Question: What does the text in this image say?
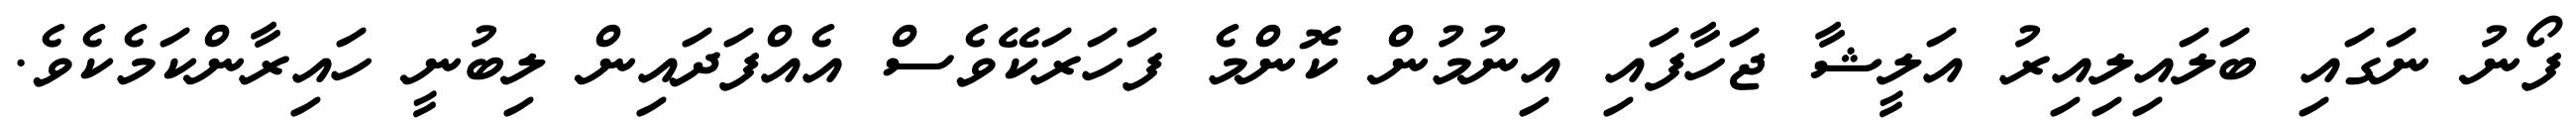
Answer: ފޯނު ނަގައި ބަލައިލިއިރު އަލީޝާ ޖަހާފައި އިނުމުން ކޮންމެ ފަހަރަކޭވެސް އެއްފަދައިން ލިބުނީ ހައިރާންކަމެކެވެ.